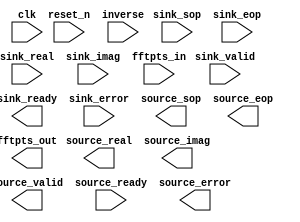

module fft_1k (
	clk,
	reset_n,
	sink_valid,
	sink_ready,
	sink_error,
	sink_sop,
	sink_eop,
	sink_real,
	sink_imag,
	fftpts_in,
	inverse,
	source_valid,
	source_ready,
	source_error,
	source_sop,
	source_eop,
	source_real,
	source_imag,
	fftpts_out);	

	input		clk;
	input		reset_n;
	input		sink_valid;
	output		sink_ready;
	input	[1:0]	sink_error;
	input		sink_sop;
	input		sink_eop;
	input	[13:0]	sink_real;
	input	[13:0]	sink_imag;
	input	[10:0]	fftpts_in;
	input	[0:0]	inverse;
	output		source_valid;
	input		source_ready;
	output	[1:0]	source_error;
	output		source_sop;
	output		source_eop;
	output	[15:0]	source_real;
	output	[15:0]	source_imag;
	output	[10:0]	fftpts_out;
endmodule